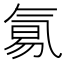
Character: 𣱢